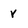
Character: v